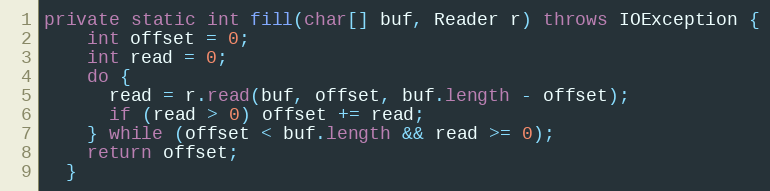
Language: Java
private static int fill(char[] buf, Reader r) throws IOException {
    int offset = 0;
    int read = 0;
    do {
      read = r.read(buf, offset, buf.length - offset);
      if (read > 0) offset += read;
    } while (offset < buf.length && read >= 0);
    return offset;
  }